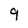
Character: 9